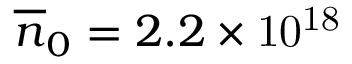
\overline { { n } } _ { 0 } = 2 . 2 \times \mathrm { 1 0 ^ { 1 8 } }